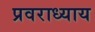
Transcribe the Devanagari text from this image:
प्रवराध्याय